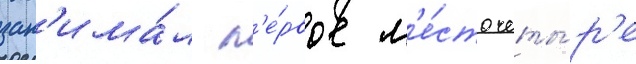
зан'има́л п'е́рвое м'е́сто четы́р'е